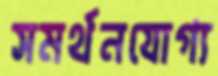
সমর্থনযোগ্য